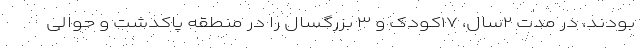
بودند، در مدت ۲سال، ۱۷کودک و ۳ بزرگسال را در منطقه پاکدشت و حوالی